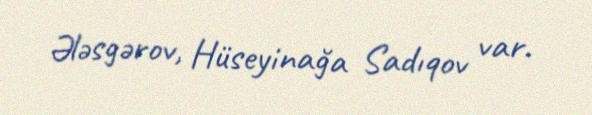
Ələsgərov, Hüseyinağa Sadıqov var.